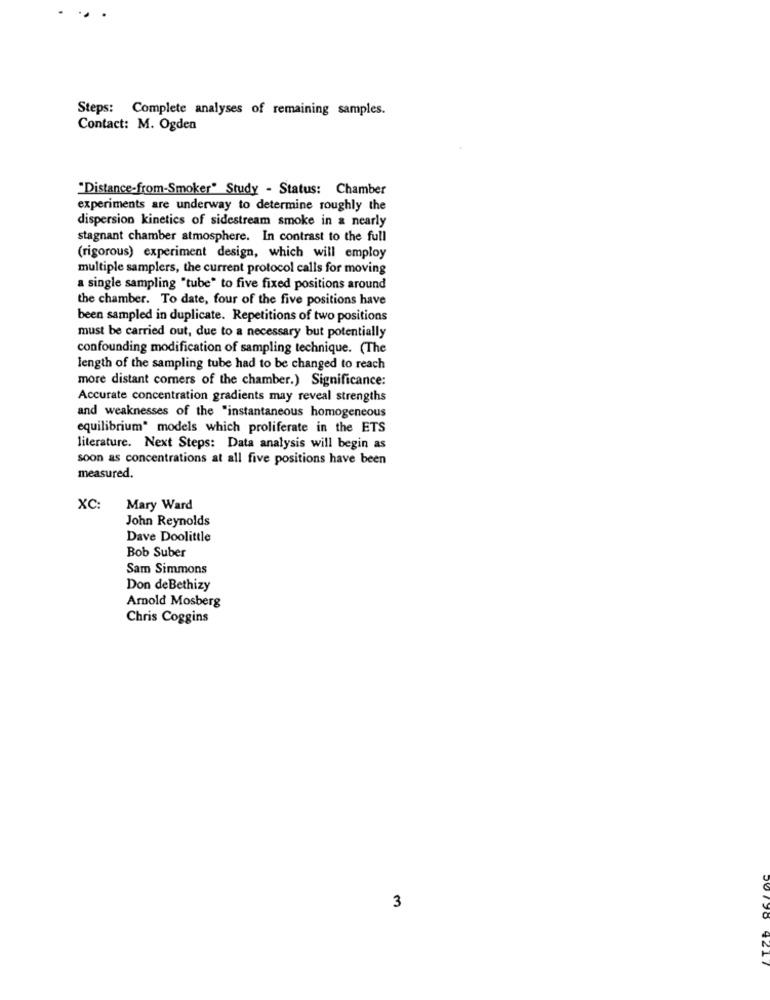
Steps: Complete analyses of remaining samples.
Contact: M. Ogden
"Distance-from-Smoker" Study - Status: Chamber
experiments are underway to determine roughly the
dispersion kinetics of sidestream smoke in & nearly
stagnant chamber atmosphere. In contrast to the full
(rigorous) experiment design, which will employ
multiple samplers, the current protocol calls for moving
a single sampling "tube" to five fixed positions around
the chamber. To date, four of the five positions have
been sampled in duplicate. Repetitions of two positions
must be carried out, due to a necessary but potentially
confounding modification of sampling technique. (The
length of the sampling tube had to be changed to reach
more distant comers of the chamber.) Significance:
Accurate concentration gradients may reveal strengths
and weaknesses of the "instantaneous homogeneous
equilibrium" models which proliferate in the ETS
literature. Next Steps: Data analysis will begin as
soon as concentrations at all five positions have been
measured.
XC:
Mary Ward
John Reynolds
Dave Doolittle
Bob Suber
Sam Simmons
Don deBethizy
Arnold Mosberg
Chris Coggins
3